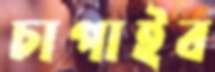
চাপাইব